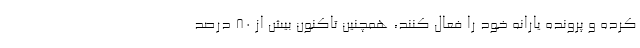
کرده و پرونده یارانه خود را فعال کنند، همچنین تاکنون بیش از ۸۰ درصد